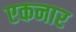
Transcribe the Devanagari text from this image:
एकनार